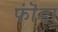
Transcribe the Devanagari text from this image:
फॊंडा